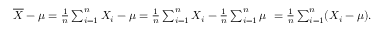
\begin{array} { r } { { \overline { { X } } } - \mu = { \frac { 1 } { n } } \sum _ { i = 1 } ^ { n } X _ { i } - \mu = { \frac { 1 } { n } } \sum _ { i = 1 } ^ { n } X _ { i } - { \frac { 1 } { n } } \sum _ { i = 1 } ^ { n } \mu \ = { \frac { 1 } { n } } \sum _ { i = 1 } ^ { n } ( X _ { i } - \mu ) . } \end{array}